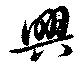
興